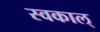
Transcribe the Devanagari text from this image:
स्वकाल्